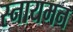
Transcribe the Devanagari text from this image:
स्नायमन